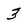
Character: 3